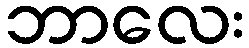
ဘာလေး